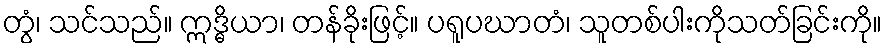
တွံ၊ သင်သည်။ ဣဒ္ဓိယာ၊ တန်ခိုးဖြင့်။ ပရူပဃာတံ၊ သူတစ်ပါးကိုသတ်ခြင်းကို။